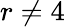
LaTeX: r\neq 4